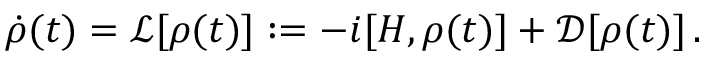
\dot { \rho } ( t ) = \mathcal { L } [ \rho ( t ) ] : = - i [ H , \rho ( t ) ] + \mathcal { D } [ \rho ( t ) ] \, .